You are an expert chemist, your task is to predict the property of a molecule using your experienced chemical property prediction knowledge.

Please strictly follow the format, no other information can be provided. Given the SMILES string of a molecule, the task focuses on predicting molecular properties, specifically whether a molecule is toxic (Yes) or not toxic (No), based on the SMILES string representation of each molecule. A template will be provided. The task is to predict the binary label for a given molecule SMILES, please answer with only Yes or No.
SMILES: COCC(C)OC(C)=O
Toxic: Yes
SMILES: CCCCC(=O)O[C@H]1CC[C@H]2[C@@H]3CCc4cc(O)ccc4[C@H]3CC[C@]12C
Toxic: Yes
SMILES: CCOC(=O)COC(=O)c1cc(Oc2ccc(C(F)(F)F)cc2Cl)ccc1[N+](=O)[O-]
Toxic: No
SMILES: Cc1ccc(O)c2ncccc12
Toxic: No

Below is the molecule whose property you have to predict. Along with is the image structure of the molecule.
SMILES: N=C(N)c1ccc(OCCCCCOc2ccc(C(=N)N)cc2)cc1.O=S(=O)(O)CCO.O=S(=O)(O)CCO
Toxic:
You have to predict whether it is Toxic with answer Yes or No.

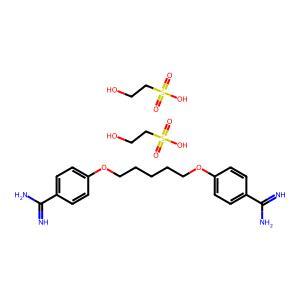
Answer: No